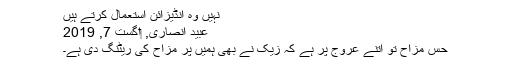
نہیں وہ انڈیزائن استعمال کرتے ہیں
عبید انصاری, ‏اگست 7, 2019
حس مزاح تو اتنے عروج پر ہے کہ زیک نے بھی ہمیں پر مزاح کی ریٹنگ دی ہے۔